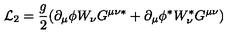
{ \cal L } _ { 2 } = \frac { g } { 2 } ( \partial _ { \mu } \phi W _ { \nu } G ^ { \mu \nu \ast } + \partial _ { \mu } \phi ^ { \ast } W _ { \nu } ^ { \ast } G ^ { \mu \nu } )